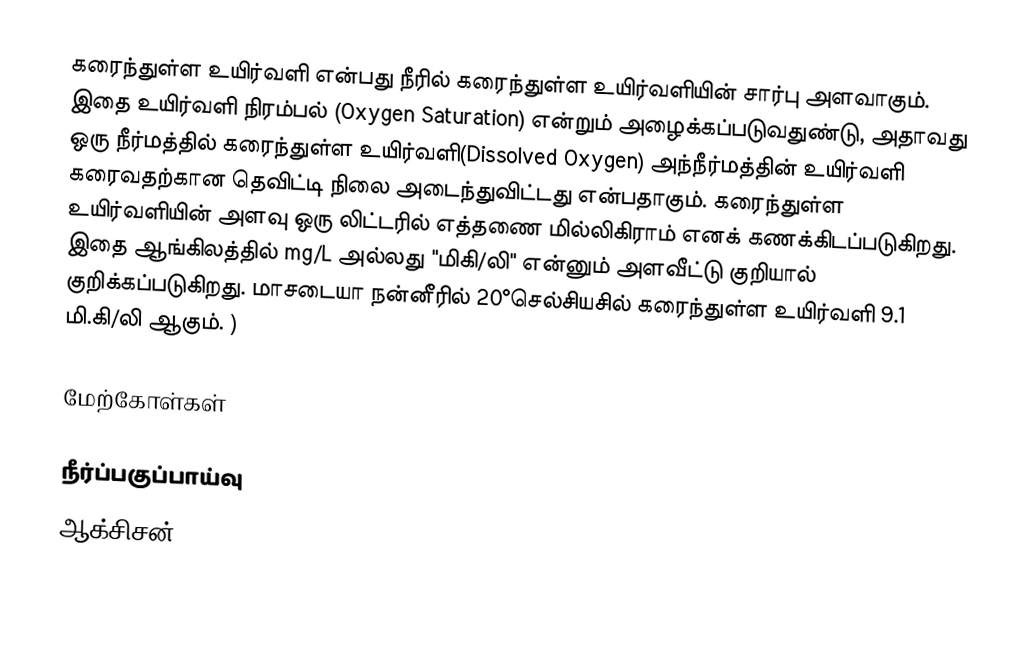
கரைந்துள்ள உயிர்வளி என்பது நீரில் கரைந்துள்ள உயிர்வளியின் சார்பு அளவாகும். இதை உயிர்வளி நிரம்பல் (Oxygen Saturation) என்றும் அழைக்கப்படுவதுண்டு, அதாவது ஒரு நீர்மத்தில் கரைந்துள்ள உயிர்வளி(Dissolved Oxygen) அந்நீர்மத்தின் உயிர்வளி கரைவதற்கான தெவிட்டி நிலை அடைந்துவிட்டது என்பதாகும். கரைந்துள்ள உயிர்வளியின் அளவு ஒரு லிட்டரில் எத்தணை மில்லிகிராம் எனக் கணக்கிடப்படுகிறது. இதை ஆங்கிலத்தில் mg/L அல்லது "மிகி/லி" என்னும் அளவீட்டு குறியால் குறிக்கப்படுகிறது. மாசடையா நன்னீரில் 20°செல்சியசில் கரைந்துள்ள உயிர்வளி 9.1 மி.கி/லி ஆகும். )

மேற்கோள்கள்

நீர்ப்பகுப்பாய்வு
ஆக்சிசன்